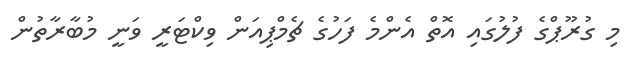
މި ގުރޫޕްގެ ފުލުގައި އޮތް އެންމެ ފަހުގެ ޗެމްޕިއަން ވިކްޓަރީ ވަނީ މުބާރާތުން